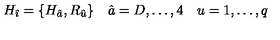
H _ { \hat { \imath } } = \{ H _ { \hat { a } } , R _ { \hat { u } } \} \quad \hat { a } = D , \dots , 4 \quad u = 1 , \dots , q